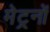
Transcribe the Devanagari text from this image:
मेट्रनों